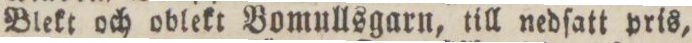
Blekt och oblekt Bomullsgarn, till nedſatt pris,